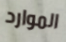
الموارد